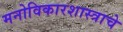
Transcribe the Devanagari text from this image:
मनोविकारशास्त्राचे